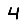
Digit: 4